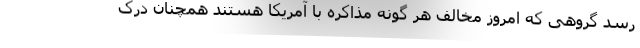
رسد گروهی که امروز مخالف هر گونه مذاکره با آمریکا هستند همچنان درک